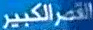
الكبير اقصر